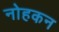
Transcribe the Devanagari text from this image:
नोहकन